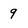
Character: 9